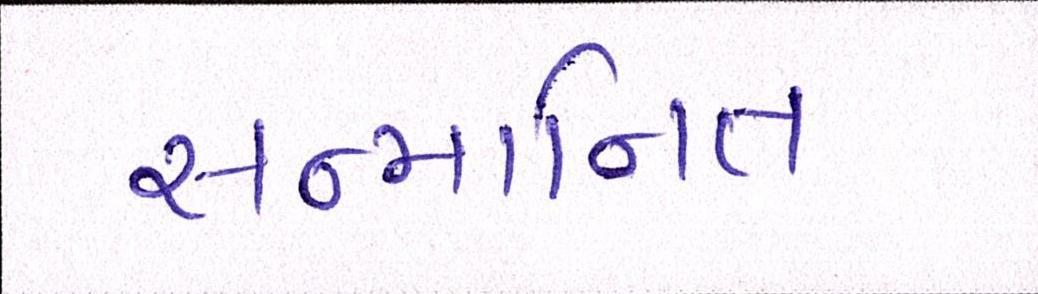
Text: સન્માનિત